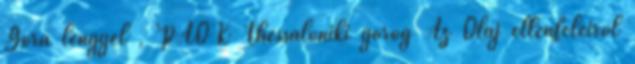
Gora lengyel , PAOK Thessaloniki görög Az Olaj ellenfeleiről